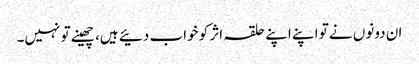
ان دونوں نے تو اپنے اپنے حلقہ اثر کو خواب دئیے ہیں، چھینے تو نہیں۔